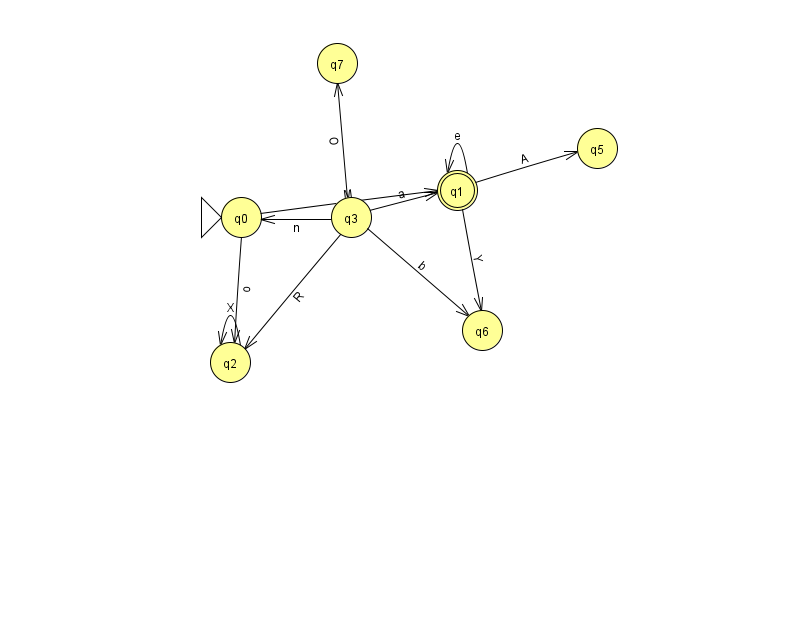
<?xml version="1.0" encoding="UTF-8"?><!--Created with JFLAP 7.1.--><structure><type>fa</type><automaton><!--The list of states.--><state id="0" name="q0"><x>241.0</x><y>204.0</y><initial/></state><state id="1" name="q1"><x>457.0</x><y>177.0</y><final/></state><state id="2" name="q2"><x>230.0</x><y>349.0</y></state><state id="3" name="q3"><x>351.0</x><y>204.0</y></state><state id="5" name="q5"><x>597.0</x><y>135.0</y></state><state id="6" name="q6"><x>482.0</x><y>317.0</y></state><state id="7" name="q7"><x>337.0</x><y>50.0</y></state><!--The list of transitions.--><transition><from>0</from><to>1</to><read>M</read></transition><transition><from>1</from><to>1</to><read>e</read></transition><transition><from>3</from><to>2</to><read>R</read></transition><transition><from>0</from><to>2</to><read>o</read></transition><transition><from>2</from><to>2</to><read>X</read></transition><transition><from>3</from><to>6</to><read>b</read></transition><transition><from>1</from><to>5</to><read>A</read></transition><transition><from>1</from><to>6</to><read>Y</read></transition><transition><from>3</from><to>1</to><read>a</read></transition><transition><from>3</from><to>0</to><read>n</read></transition><transition><from>3</from><to>7</to><read>O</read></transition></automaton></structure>